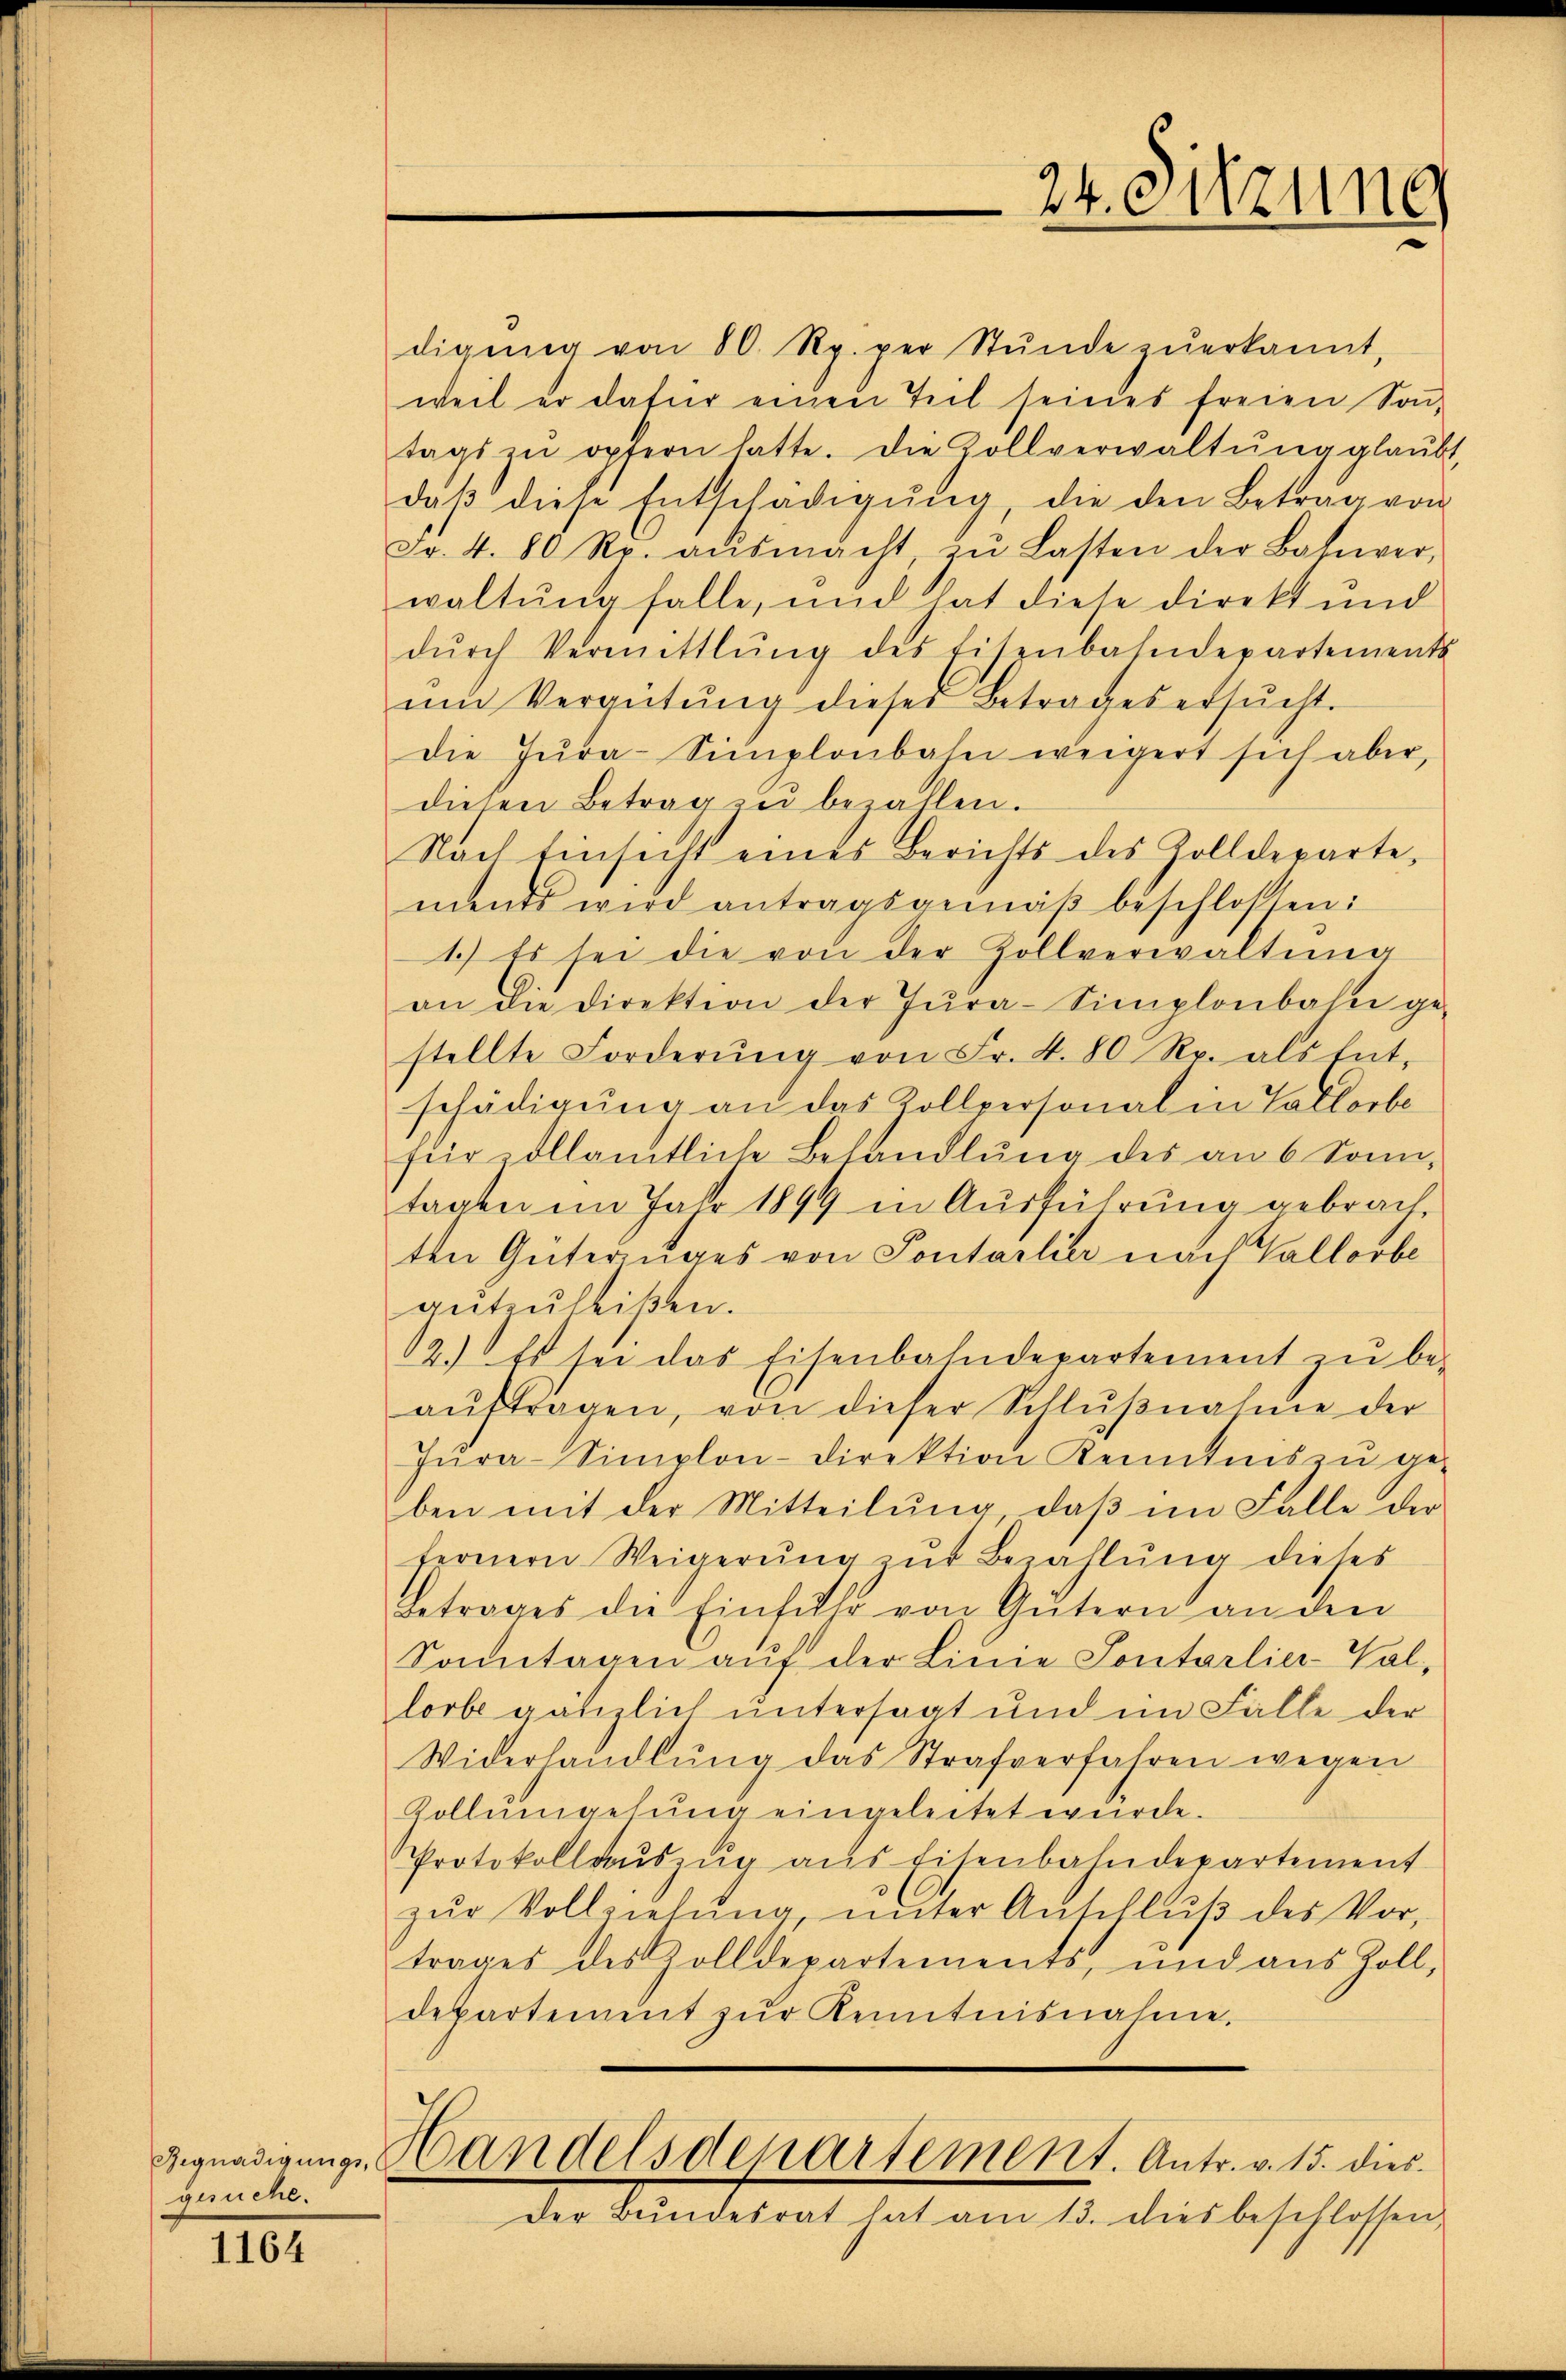
Regnadigungsgesuche.

1164

24. Sitzung

digŭng von 80 Rp. per Stŭnde zŭerkannt,
weil er dafür einen Teil seines freien Soṅ-
tags zu opfern hatte. Die Zollverwaltŭng glaŭbt,
daβ diese Entschädigŭng, die den Betrag von
Fr. 4. 80 Rp. aŭsmacht in Lasten der Baturer,
waltung falle, und hat diese direkt und
dŭrch Vermittlung des Eisenbahndepartements
ŭm Vergütŭng dieses Betrages ersŭcht.
Die Jŭra-Simplonbahn weigert sich aber,
diesen Betrag zŭ bezahlen.
Nach Einsicht eines Berichts des Zolldeparte,
ments wird antragsgemäβ beschlossen:
1.) Es sei die von der Zollverwaltŭng
an die Direktion der Jŭra-Simplonbahn ge-
stellte Forderŭng von Fr. 4. 80 Rp. als Ent-
schädigung an das Zollpersonal in Vallorbe
für allamtliche Behandlŭng des an 6 Sonn-
tagen im Jahr 1899 in Ausführung gebrachten Güterzuges von Pontarlier nach Vallorbe
gŭtenleißen.
12.) Es sei das Eisenbahndepartement zŭ be-
aŭftragen, von dieser Schlŭβnahme der
Jŭra-Simplon-Direktion Kenntnis zŭ ge-
ben mit der Mitteilung, daβ im Falle der
fernern Weigerung zŭr Bezahlung dieses
Getrages die Einführ von Gütern an den
Sonntagen auf der Linie Sontarlier-Sal,
lorbe gänzlich untersagt und im Falle der
Widerhandlŭng das Strafverfahren wegen
Zollumgehung eingeleitet würde.
Protokollaŭszŭg aŭs Eisenbahndepartement
zŭr Vollziehŭng ŭnter Anschlŭβ des Vor-
trages des Zolldepartements, und aus Zoll-
departement zŭr Kenntnisnahme,
Handelsdepartement. Antr. v. 15. dies
der Mandatirt hat am 15. diesbeschlossen